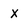
Character: x